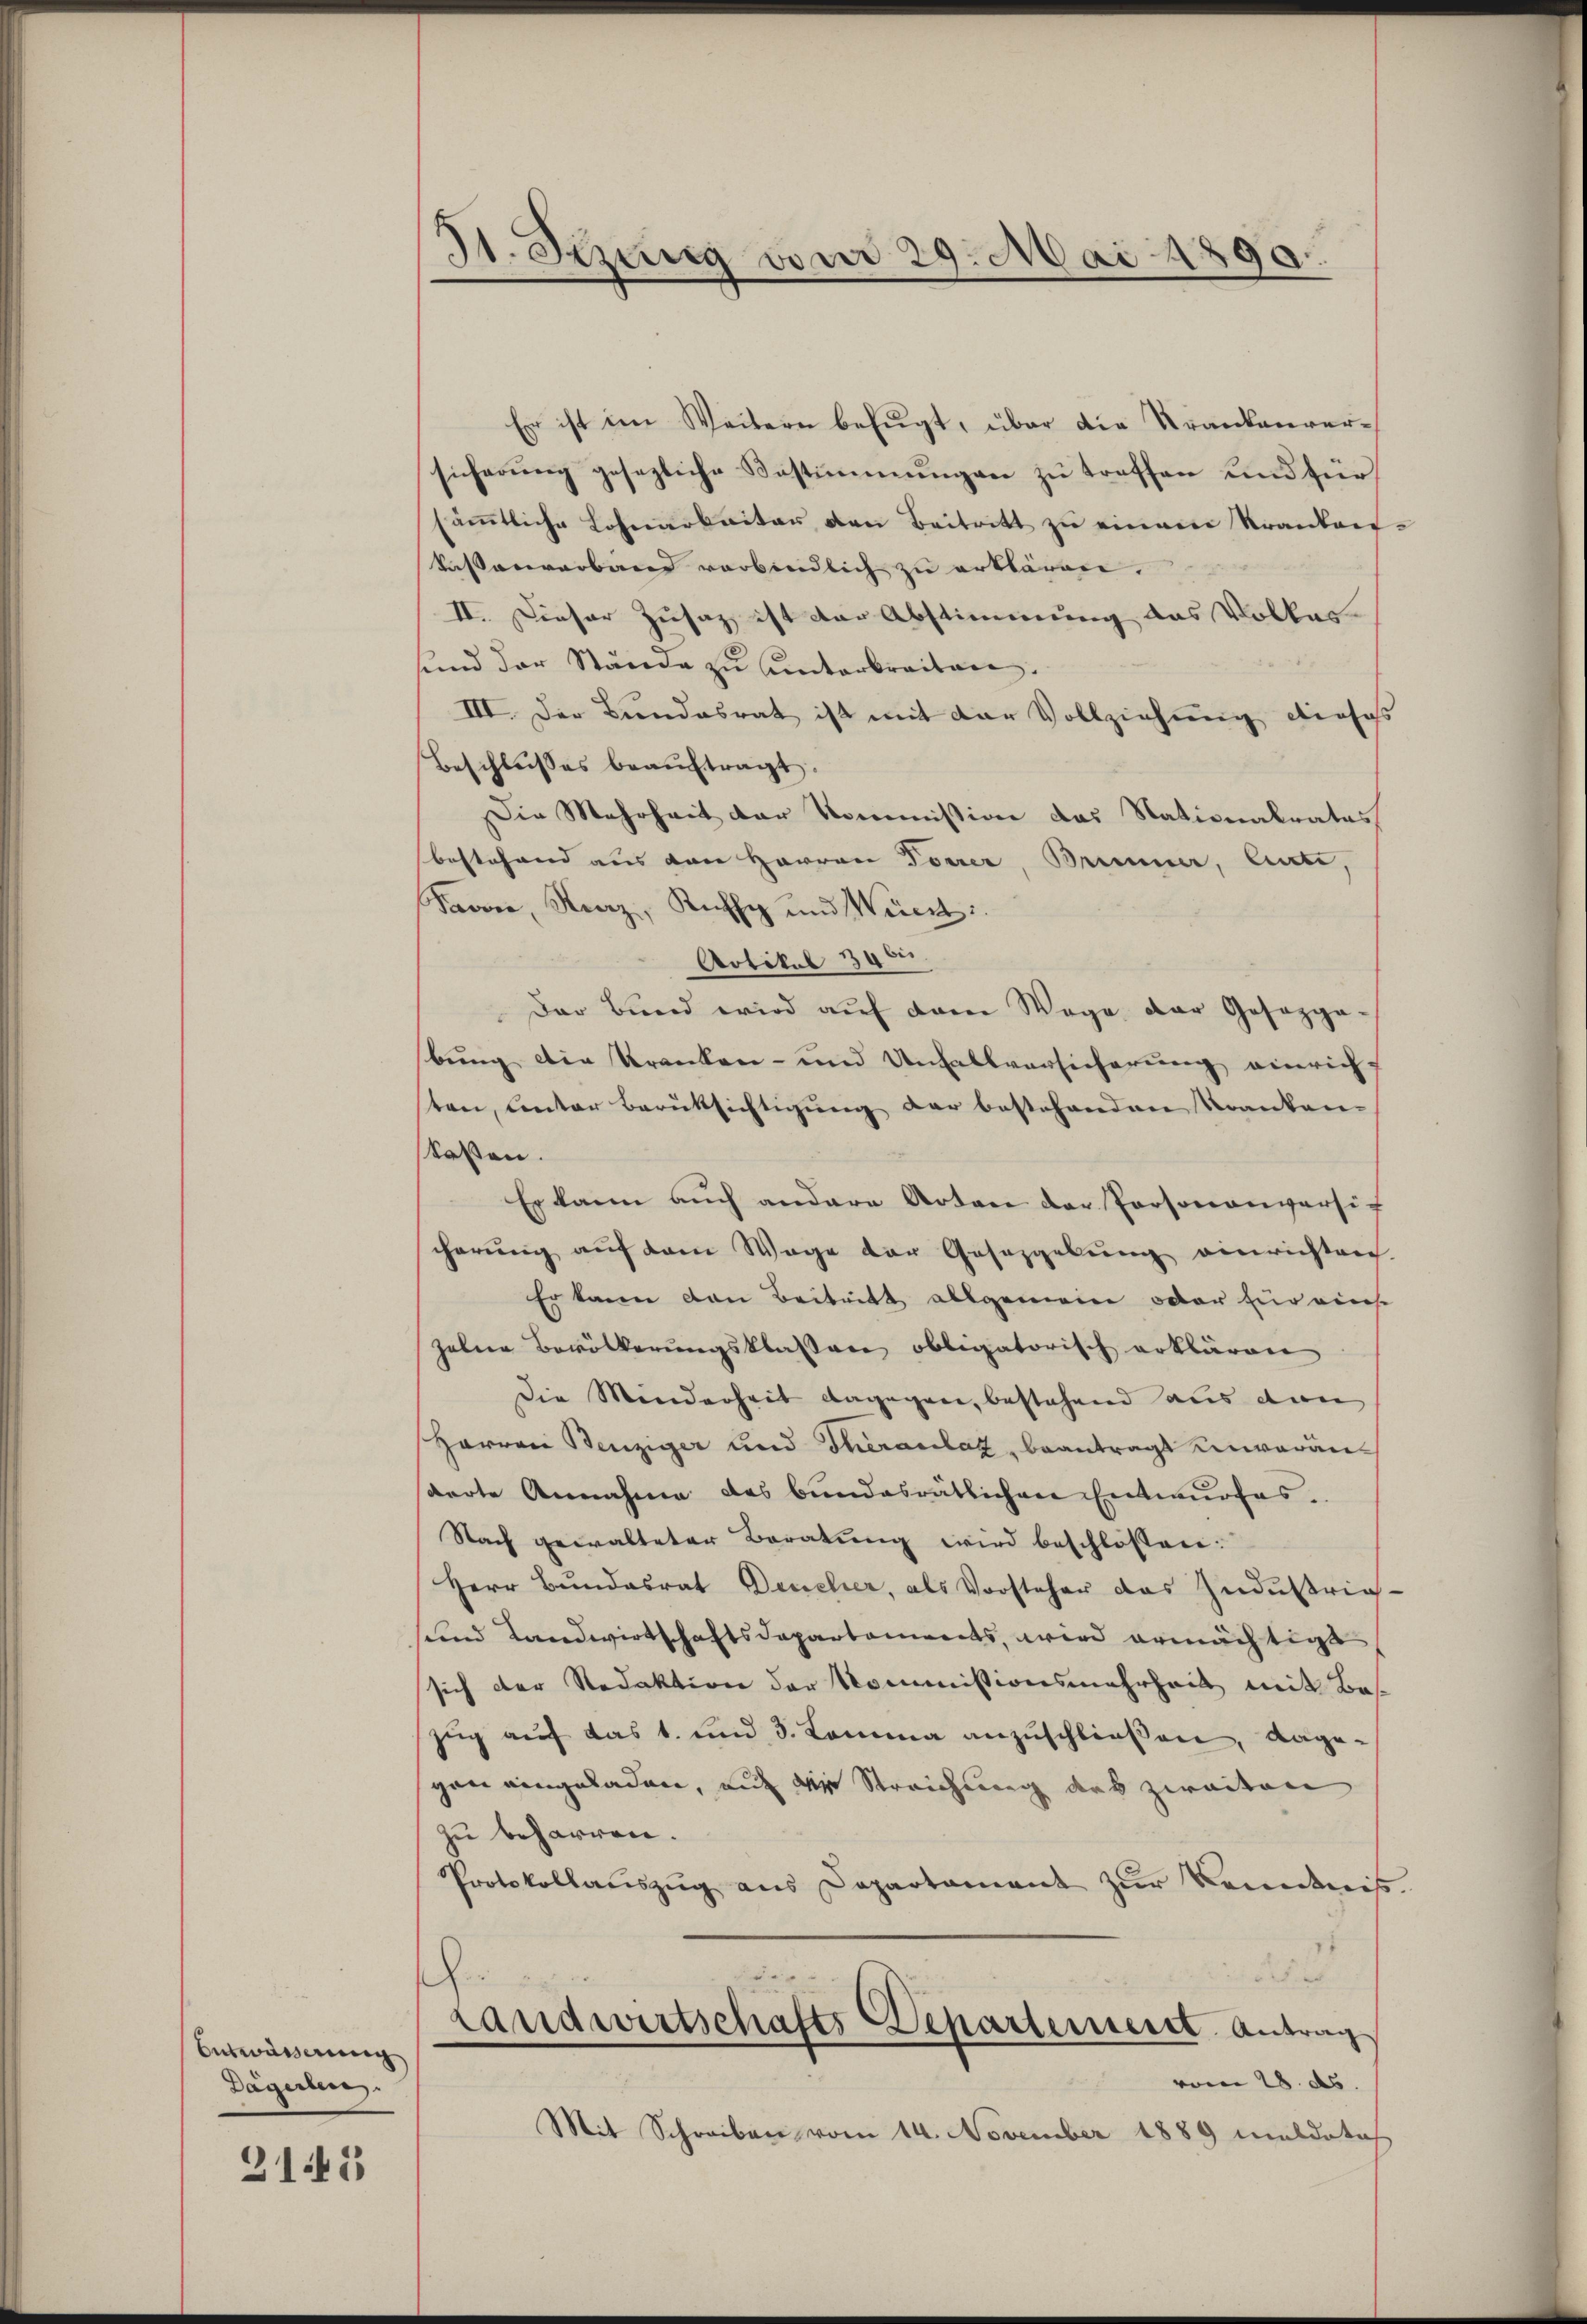
Entwässerung
Dägerlen.

315

E
31. Setzung vom 29. Mai 1890.

Er ist im Weitern befugt, über die Krankenversicherung gesezliche Bestimmungen zu treffen und für
säṁtliche Lohnarbeiter den Beitritt zŭ einem Kranken-
Tassenverband verbindlich zu erklären.
II. Dieser Zusaz, ist der Abstimmung das Volkes
sund der Stände zu unterbreiten.
III. Der Bundesrat ist mit der Vollziehung diesess
Beschlusses beauftragt.
Die Mehrheit der Kommission das Nationalrates
bestehend aus von Herren Forrer, Brunner, Cati,
Froon, Kraz, Ruhe und Weiert
Aotikal 346.
Der Bund wird aŭf dem Wege der Gesezga-
bung die Kranken- und Unfallversicherung einrichten, unter Berüksichtigung der bestehenden Kranken-
skassen.
Er kann auch andere Arten der Personenversit
cherung auf dem Wege der Gesazgebung einrichten
Er kann den Beitritt allgemein oder für einse
zelne Bevölkerungsklassere obligatorisch erklären
Die Minderheit dagegen, bestehend aus den
Harron Benziger und Theranlat, beantrags unveränderte Annahme das bundesrätlichen Entwurfes.
Nach gewalteter Beratung wird beschlossen:
Herr Bŭndesrat Deucher, als Vorsteher das Zndŭstria-
sund Landwirtschaftsdepartements, wird ermächtigt
sich der Redaktion der Kommissionsmehrheit mit Beszug auf das 1. und 3. Komma anzuschließen, dagegan eingeladen, auf die Streichung des zweiten
zu beharren.
Protokollauszug aus Departament zur Kondnis.
.
h
2
Landwirtschafts Departement. Antrag
vom 28. ds.
Mit Schreiben vom 14. November 1889 maldoti